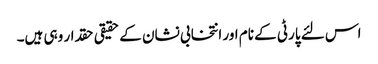
اس لئے پارٹی کے نام اور انتخابی نشان کے حقیقی حقدار وہی ہیں۔